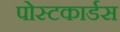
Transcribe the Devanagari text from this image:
पोस्टकार्डस